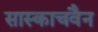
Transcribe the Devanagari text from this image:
सास्काचवैन